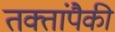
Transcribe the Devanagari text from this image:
तक्तांपैकी